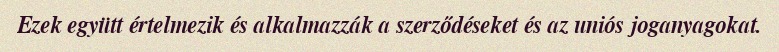
Ezek együtt értelmezik és alkalmazzák a szerződéseket és az uniós joganyagokat.